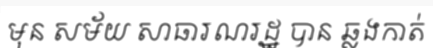
មុន សម័យ សាធារណរដ្ឋ បាន ឆ្លងកាត់